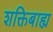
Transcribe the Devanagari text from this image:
शक्तिबाह्य